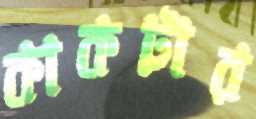
কাকটার